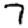
Digit: 7